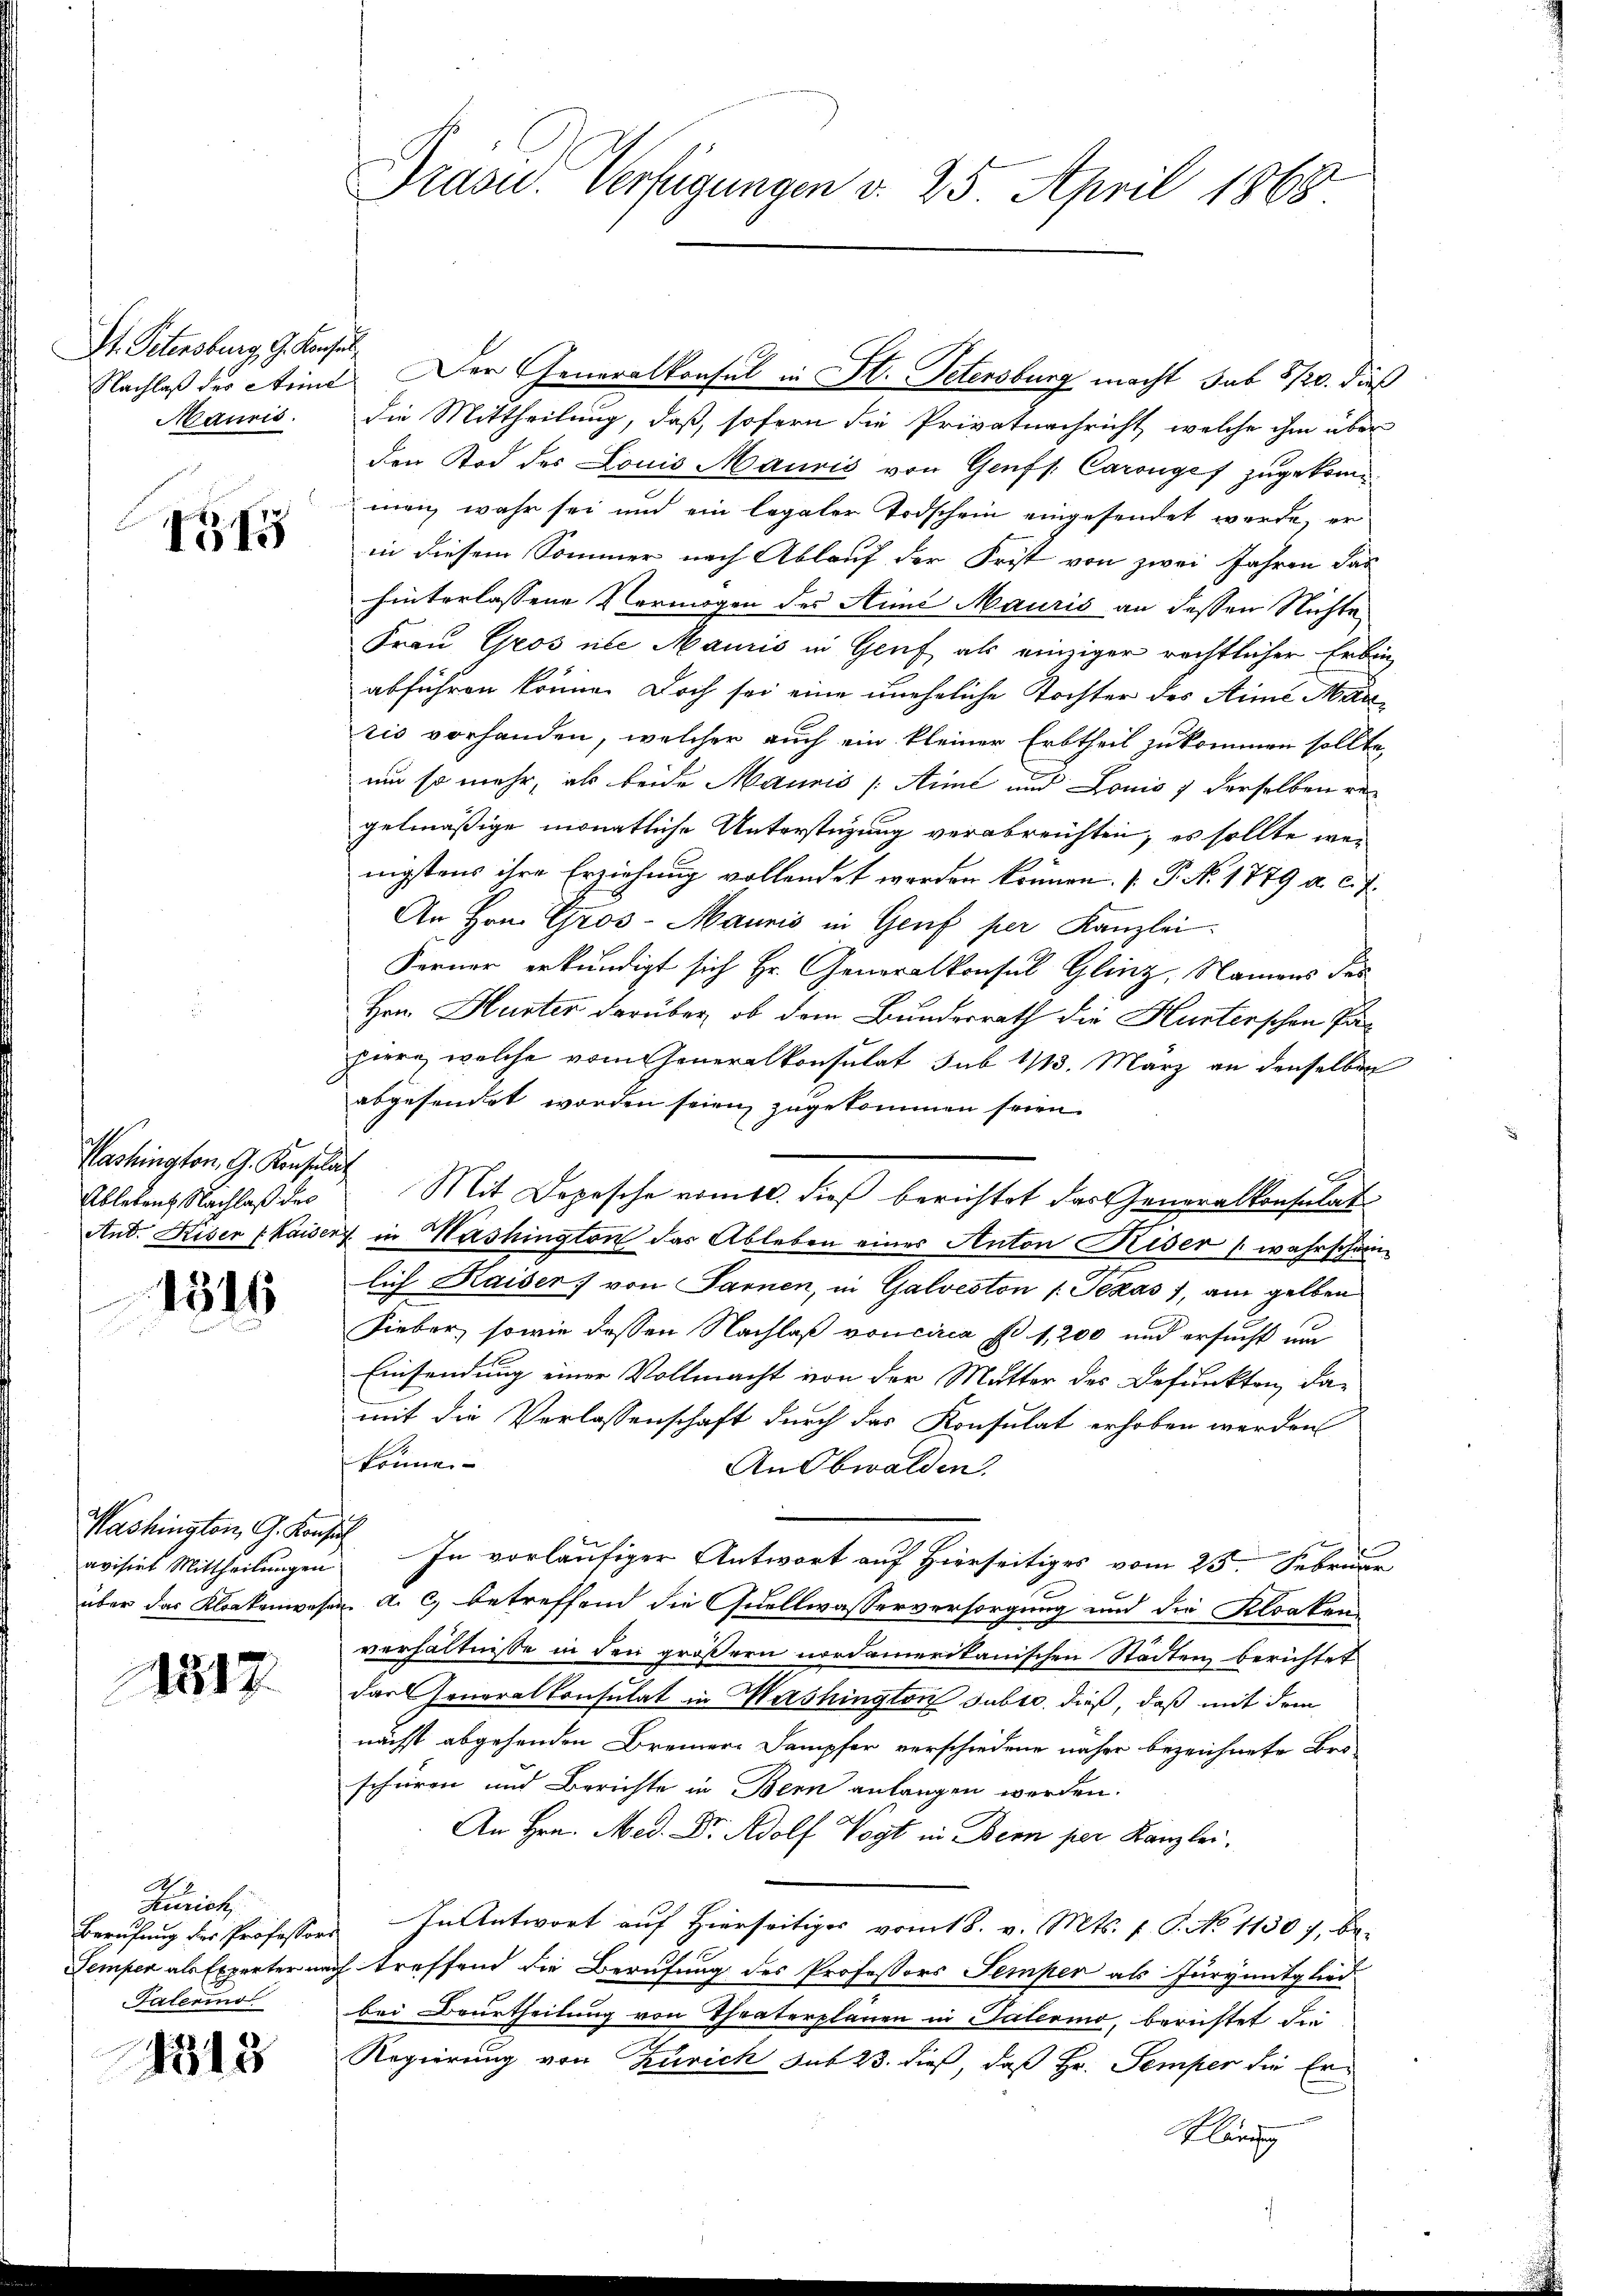
St. Petersburg, G. Konsul
Mauris

1345

Washington, G. Konsulat
Ableben Nachlaß der

1316

Washington, G. Konsuch
avisirt Mittheilungen

1817.

A 9.
Zürich
Paterino

1313

Präsid. Verfügungen d. 25. April 1868

Nachlaß des Arme Der Generalkonsul in St. Petersburg macht sub 8/20. dieß
die Mittheilung, daß, sofern die Privatnachricht, welche ihm aber
den Tod des Louis Mauris von Genf s. Caronges zugekommen wahr sei und ein legaler Todschein eingesendet werde, er
in diesem Sommer nach Ablauf der Frist von zwei Jahren das
hinterlassene Vermögen des Anna Mauris an dessen Nichte
Frau Gros in Mauris in Genf als einziger rechtlicher Erbin
abführen könne. Doch sei eine uneheliche Tochter des Sine Marris vorhanden, welcher auch ein kleiner Erbtheil zukommen sollte,
um so mehr, als beide Maunis (Aime und Louis 7 derselben ve
gelmäßige monatliche Unterstüzung verabreichten, es sollte weinigstens ihre Erziehung vollendet werden können. (T. N. 1779 a. c. J.
An Hrn. Gros-Maunis in Genf per Kanzlei
Ferner erkundigt sich Hr. Generalkonsul Glinz, Namens des
Hrn. Huster darüber, ob dem Bundesrath die Husterschen Pahiere, welche vom Generalkonsulat sub 1113. März an denselben
abgesendet worden seien zugekommen seien.
J
Mit Depesche vomtl. dies berichtet das Generalkonsulat
And. Kisen (Kaisers in Mashington das Ableben eines Anton Hiser (wahrschein
lich Kaiser von Sarnen, in Galveston Texas 1, am gelben
Fieber, sowie dessen Nachlaß von circa fl. 1,200 und ersucht und
Einsendung einer Vollmacht von der Mutter des Befunkten da-
mit die Verlassenschaft durch das Konsulat erhoben werden
können
An Obwalden.
In vorläufiger Antwort auf Hierseitiges vom 25. Februar
über das Kloakenwesen, a. c. betreffend die Quellwasserversorgung und die Klosten
verhältnisse in den größern nordamerikanischen Städten berichtet
das Generalkonsulat in Mashington subro dieß, daß mit dem
nächst abgehenden Brennere Dampfer verschiedene näher bezeichnete Bro-
schüren und Berichte in Bern anlangen werden.
An Hrn. Med. Dr. Adolf Vogt in Bern per Kanzlei.
Berufung des Professors In Antwort auf Hierseitiges vom 18. v. Mts. f. P. No 1130 f., be-
Semper als Experter nach treffend die Berufung des Professors Semper als Jurymitglied
bei Beurtheilung von Theaterplänen in Palermo, berichtet die
Regierung von Zürich sub 23. dieß, daß Hr. Semper die Er¬
Klärung